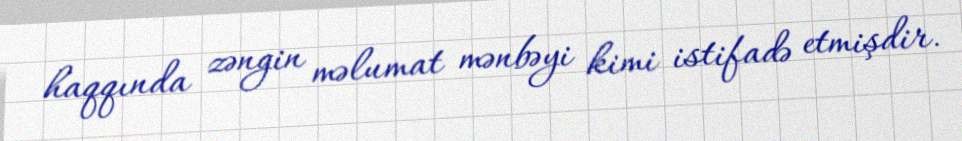
haqqında zəngin məlumat mənbəyi kimi istifadə etmişdir.